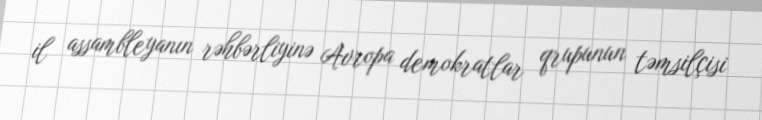
il assambleyanın rəhbərliyinə Avropa demokratlar qrupunun təmsilçisi